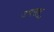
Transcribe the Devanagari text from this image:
उपसद्